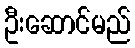
ဦးဆောင်မည်